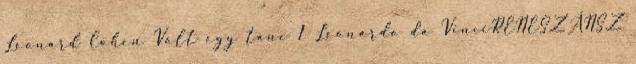
Leonard Cohen Volt egy tánc 1 Leonardo da VinciRENESZÁNSZ